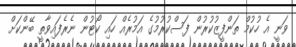
ވަނީ އެ ހުކުމް ތަންފީޒުކުރުން ފަސްކުރުމުގެ އަމުރެއް ހައި ކޯޓުން ނެރެފައިވާތީ ބޭންކަށް